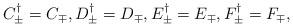
LaTeX: \begin{align*}C_\pm^\dagger = C_\mp, D_\pm^\dagger = D_\mp, E_\pm^\dagger = E_\mp, F_\pm^\dagger = F_\mp,\end{align*}